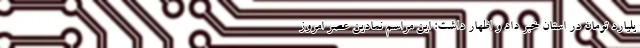
یلیارد تومان در استان خبر داد و اظهار داشت: این مراسم نمادین عصر امروز